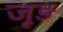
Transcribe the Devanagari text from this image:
जूड़